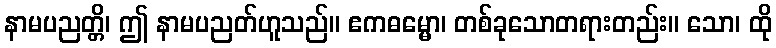
နာမပညတ္တိ၊ ဤ နာမပညတ်ဟူသည်။ ဧကဓမ္မော၊ တစ်ခုသောတရားတည်း။ သော၊ ထို